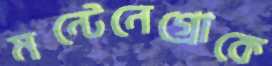
মন্টেনেগ্রোকে